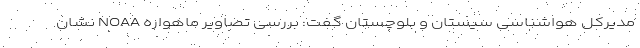
مدیرکل هواشناسی سیستان و بلوچستان گفت: بررسی تصاویر ماهواره NOAA نشان